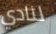
لنادي